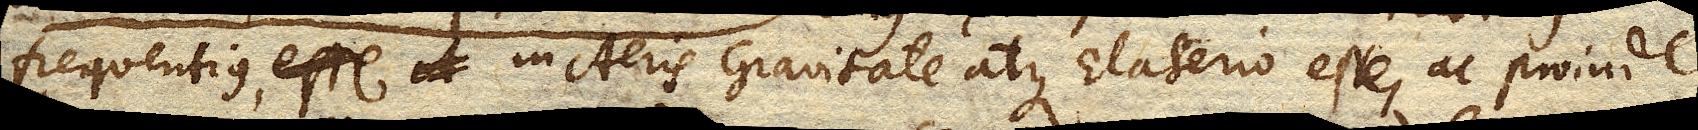
frequentius, in Aeris Gravitate atque Elaterio esse, ac proinde